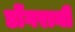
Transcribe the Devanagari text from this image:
डोंगरानी